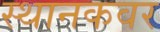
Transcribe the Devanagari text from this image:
स्थानकवर